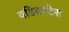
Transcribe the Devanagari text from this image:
वहिवाटिस